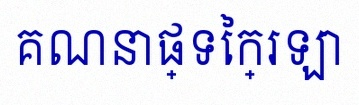
គណនាផ្ទៃក្រឡា